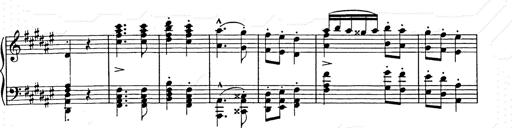
Title: Hungarian Rhapsody No.9
Composer: Franz Liszt
Key: E-flat major